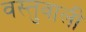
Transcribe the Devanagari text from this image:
वस्तुवाली